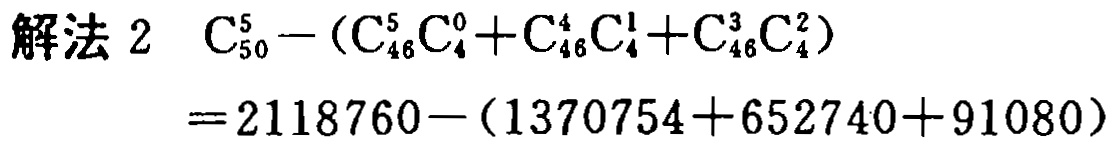
\(
\begin{align*}
\text{解法 }2\quad &C_{50}^5-(C_{46}^5C_{4}^0 + C_{46}^4C_{4}^1 + C_{46}^3C_{4}^2)\\
&=2118760-(1370754 + 652740+91080)
\end{align*}
\)